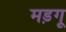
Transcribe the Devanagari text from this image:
मड़गू